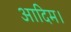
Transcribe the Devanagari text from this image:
आदिम।